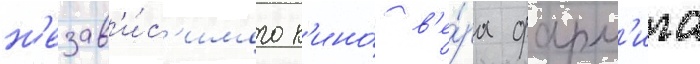
н'езав'и́с'имого к'ино́ в'е́ра фарм'ига